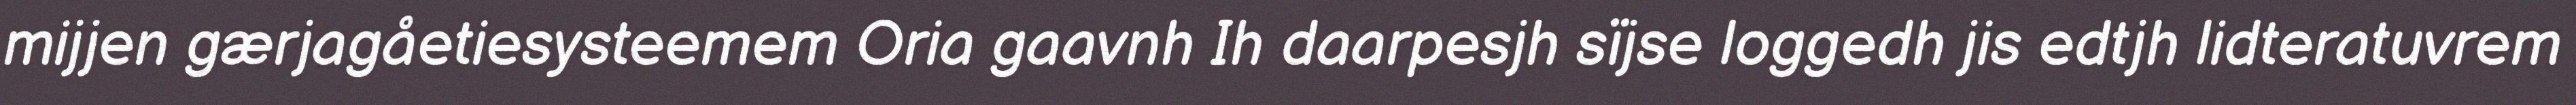
mijjen gærjagåetiesysteemem Oria gaavnh Ih daarpesjh sïjse loggedh jis edtjh lidteratuvrem